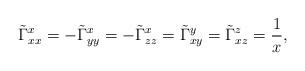
LaTeX: \begin{align*}\tilde{\Gamma}^x_{xx}=-\tilde{\Gamma}^x_{yy}=-\tilde{\Gamma}^x_{zz}=\tilde{\Gamma}^y_{xy}=\tilde{\Gamma}^z_{xz}=\frac{1}{x},\end{align*}